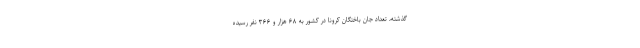
گذشته، تعداد جان باختگان کرونا در کشور به ۶۸ هزار و ۳۶۶ نفر رسیده